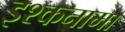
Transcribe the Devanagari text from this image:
इश्कनामा